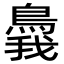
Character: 䳗